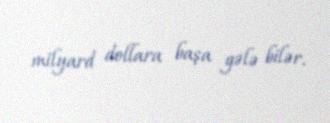
milyard dollara başa gələ bilər.